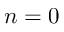
n = 0